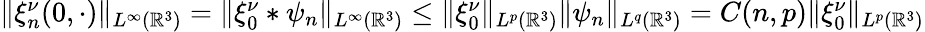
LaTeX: \begin{array}{r}{\| \xi_{n}^{\nu}(0,\cdot)\| _{L^{\infty}(\mathbb{R}^{3})}=\| \xi_{0}^{\nu}\ast\psi_{n}\| _{L^{\infty}(\mathbb{R}^{3})}\leq\| \xi_{0}^{\nu}\| _{L^{p}(\mathbb{R}^{3})}\| \psi_{n}\| _{L^{q}(\mathbb{R}^{3})}=C(n,p)\| \xi_{0}^{\nu}\| _{L^{p}(\mathbb{R}^{3})}}\end{array}